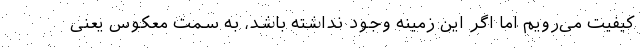
کیفیت می‌رویم اما اگر این زمینه وجود نداشته باشد، به سمت معکوس یعنی